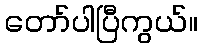
တော်ပါပြီကွယ်။